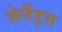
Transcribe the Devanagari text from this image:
जेलैंड्स